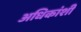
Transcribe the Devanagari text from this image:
अधिकांशी